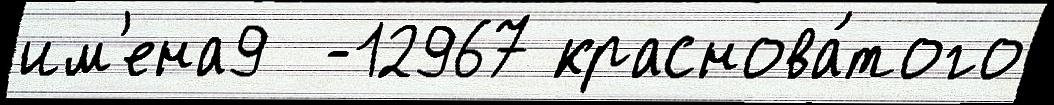
им'ена9  -12967 краснова́того